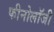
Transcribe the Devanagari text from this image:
फीनोलॉजी